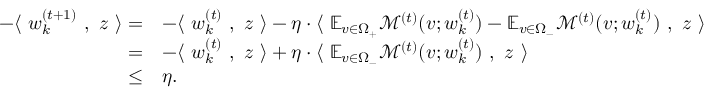
\begin{array} { r l } { - \langle ~ { \boldsymbol w } _ { k } ^ { ( t + 1 ) } ~ , ~ { \boldsymbol z } ~ \rangle = } & { - \langle ~ { \boldsymbol w } _ { k } ^ { ( t ) } ~ , ~ { \boldsymbol z } ~ \rangle - \eta \cdot \langle ~ \mathbb { E } _ { v \in \Omega _ { + } } \mathcal { M } ^ { ( t ) } ( v ; { \boldsymbol w } _ { k } ^ { ( t ) } ) - \mathbb { E } _ { v \in \Omega _ { - } } \mathcal { M } ^ { ( t ) } ( v ; { \boldsymbol w } _ { k } ^ { ( t ) } ) ~ , ~ { \boldsymbol z } ~ \rangle } \\ { = } & { - \langle ~ { \boldsymbol w } _ { k } ^ { ( t ) } ~ , ~ { \boldsymbol z } ~ \rangle + \eta \cdot \langle ~ \mathbb { E } _ { v \in \Omega _ { - } } \mathcal { M } ^ { ( t ) } ( v ; { \boldsymbol w } _ { k } ^ { ( t ) } ) ~ , ~ { \boldsymbol z } ~ \rangle } \\ { \le } & { \eta . } \end{array}